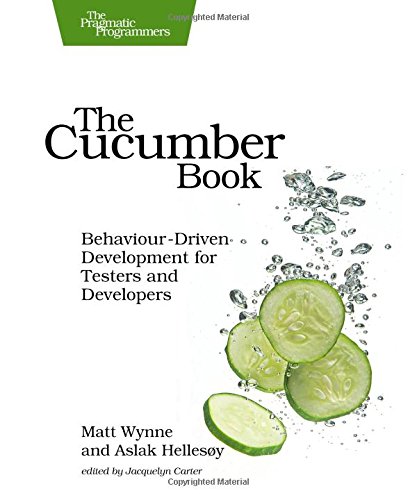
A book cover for The Cucumber Book: Behaviour-Driven Development for Testers and Developers (Pragmatic Programmers); Matt Wynne; Computers & Technology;